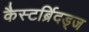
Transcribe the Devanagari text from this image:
कैस्टर्ब्रिदड्ज